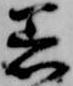
着